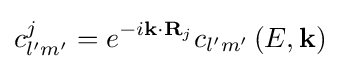
c_{l'm'}^{j}={e^{-i{\bf {k}}\cdot {{\bf {R}}_{j}}}}{c_{l'm'}}\left(E,{\bf {k}}\right)